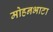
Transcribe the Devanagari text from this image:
मोहनभाटा